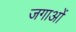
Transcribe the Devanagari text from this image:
जगाओं